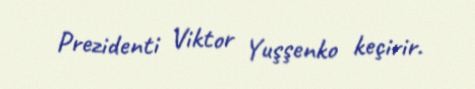
Prezidenti Viktor Yuşşenko keçirir.